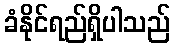
ခံနိုင်ရည်ရှိပါသည်